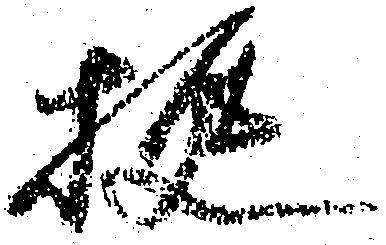
挺